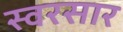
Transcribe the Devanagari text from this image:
स्वरसार